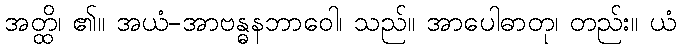
အတ္ထိ၊ ၏။ အယံ-အာဗန္ဓနဘာဝေါ၊ သည်။ အာပေါဓာတု၊ တည်း။ ယံ